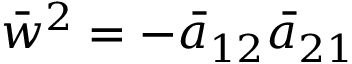
\bar { w } ^ { 2 } = - \bar { a } _ { 1 2 } \bar { a } _ { 2 1 }